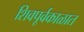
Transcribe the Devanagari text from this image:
शिवपूर्वकाळात